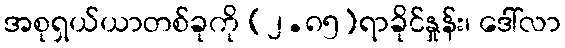
အစုရှယ်ယာတစ်ခုကို (၂.၈၅)ရာခိုင်နှုန်း၊ ဒေါ်လာ